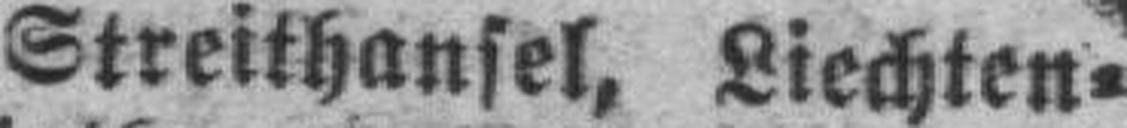
Streithansel. Liechten¬